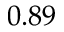
0 . 8 9